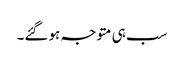
سب ہی متوجہ ہوگئے۔